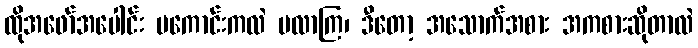
ထိုအဖော်အပေါင်း မကောင်းကလဲ မလာကြ၊ ဒီတော့ အသောက်အစား အကစားဆိုတာလဲ